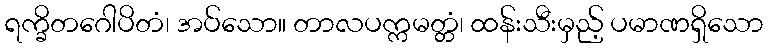
ရက္ခိတဂေါပိတံ၊ အပ်သော။ တာလပက္ကမတ္တံ၊ ထန်းသီးမှည့် ပမာဏရှိသော